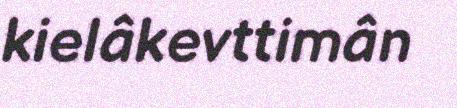
kielâkevttimân